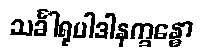
သင်္ခါရုပါဒါနက္ခန္ဓော